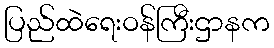
ပြည်ထဲရေးဝန်ကြီးဌာနက